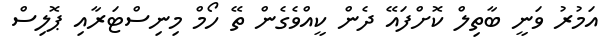
އަމުރު ވަނީ ބާތިލް ކޮށްފައޭ ދެން ކީއްވެގެން ތޭ ހޯމް މިނިސްޓަރާއި ޕޮލިސް